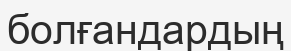
болғандардың